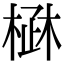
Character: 𣓜